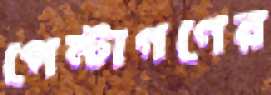
পেন্টাগণের